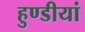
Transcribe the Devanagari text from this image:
हुण्डीयां